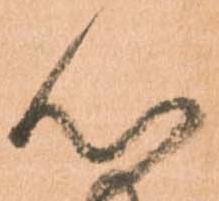
心